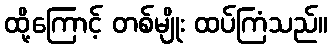
ထို့ကြောင့် တစ်မျိုး ထပ်ကြံသည်။